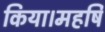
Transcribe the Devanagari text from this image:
किया।महर्षि